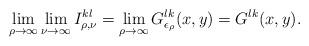
LaTeX: \begin{align*}\lim_{\rho\to \infty}\lim_{\nu\to \infty}I^{kl}_{\rho,\nu}=\lim_{\rho\to \infty}G^{lk}_{\epsilon_\rho}(x,y)=G^{lk}(x,y).\end{align*}